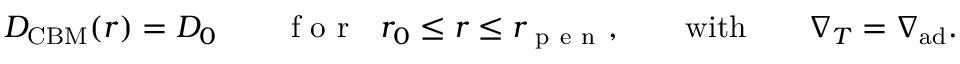
D _ { \mathrm { C B M } } ( r ) = D _ { 0 } \qquad \mathrm { ~ f ~ o ~ r ~ } \ \ r _ { 0 } \leq r \leq r _ { \mathrm { ~ p ~ e ~ n ~ } } , \qquad \mathrm { w i t h } \qquad \nabla _ { T } = \nabla _ { \mathrm { a d } } .